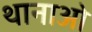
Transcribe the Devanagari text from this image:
थानाओ